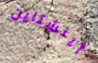
أينشتاين